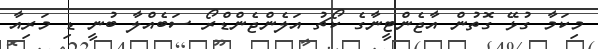
މިކަމާ ގުޅޭ ގޮތުން އާޖެންޓީނާގެ ކޯޗު އަލެންޖެންޑްރޯ ސަބެއްލާ ބުނީ ޑި މަރިއާ